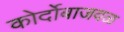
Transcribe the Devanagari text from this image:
कोर्दोबाजवळ